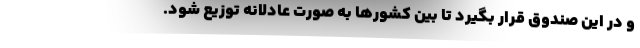
و در این صندوق قرار بگیرد تا بین کشورها به صورت عادلانه توزیع شود.